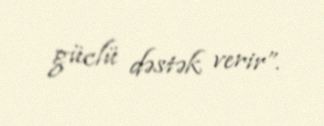
güclü dəstək verir”.